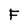
Character: F